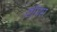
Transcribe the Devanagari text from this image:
टॉपस